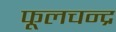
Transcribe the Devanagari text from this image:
फूलचन्द्र